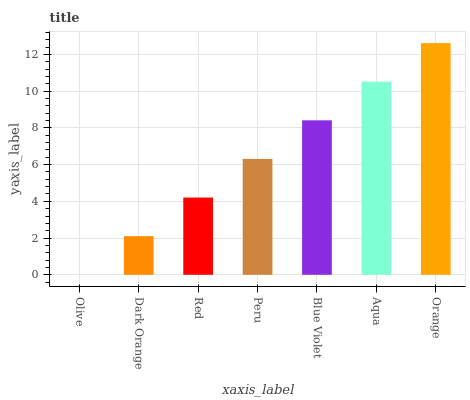
| xaxis_label | bars |
 | --- | --- |
 | Olive | 0 |
 | Dark Orange | 2.1 |
 | Red | 4.21 |
 | Peru | 6.31 |
 | Blue Violet | 8.41 |
 | Aqua | 10.5 |
 | Orange | 12.6 |